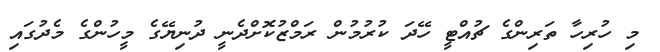
މި ހުރިހާ ތަރިންގެ ޗުއްޓީ ހޭދަ ކުރުމުން ރަމްޒުކޮށްދެނީ ދުނިޔޭގެ މީހުންގެ މެދުގައި